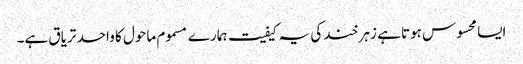
ایسا محسوس ہوتا ہے زہر خند کی یہ کیفیت ہمارے مسموم ماحول کا واحد تریاق ہے۔